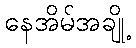
နေအိမ်အချို့